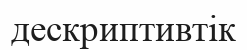
дескриптивтік